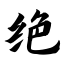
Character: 绝